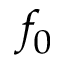
f _ { 0 }